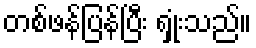
တစ်ဖန်ပြန်ပြီး ရှုံးသည်။